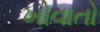
ખોવાતો